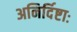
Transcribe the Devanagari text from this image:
अनिर्दिष्टाः